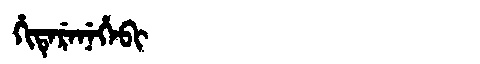
Manchu: ᡥᡳᡨᡝᡵᡝᠨᡝᡥᡝᠪᡳ
Romanization: HITERENEHEBI